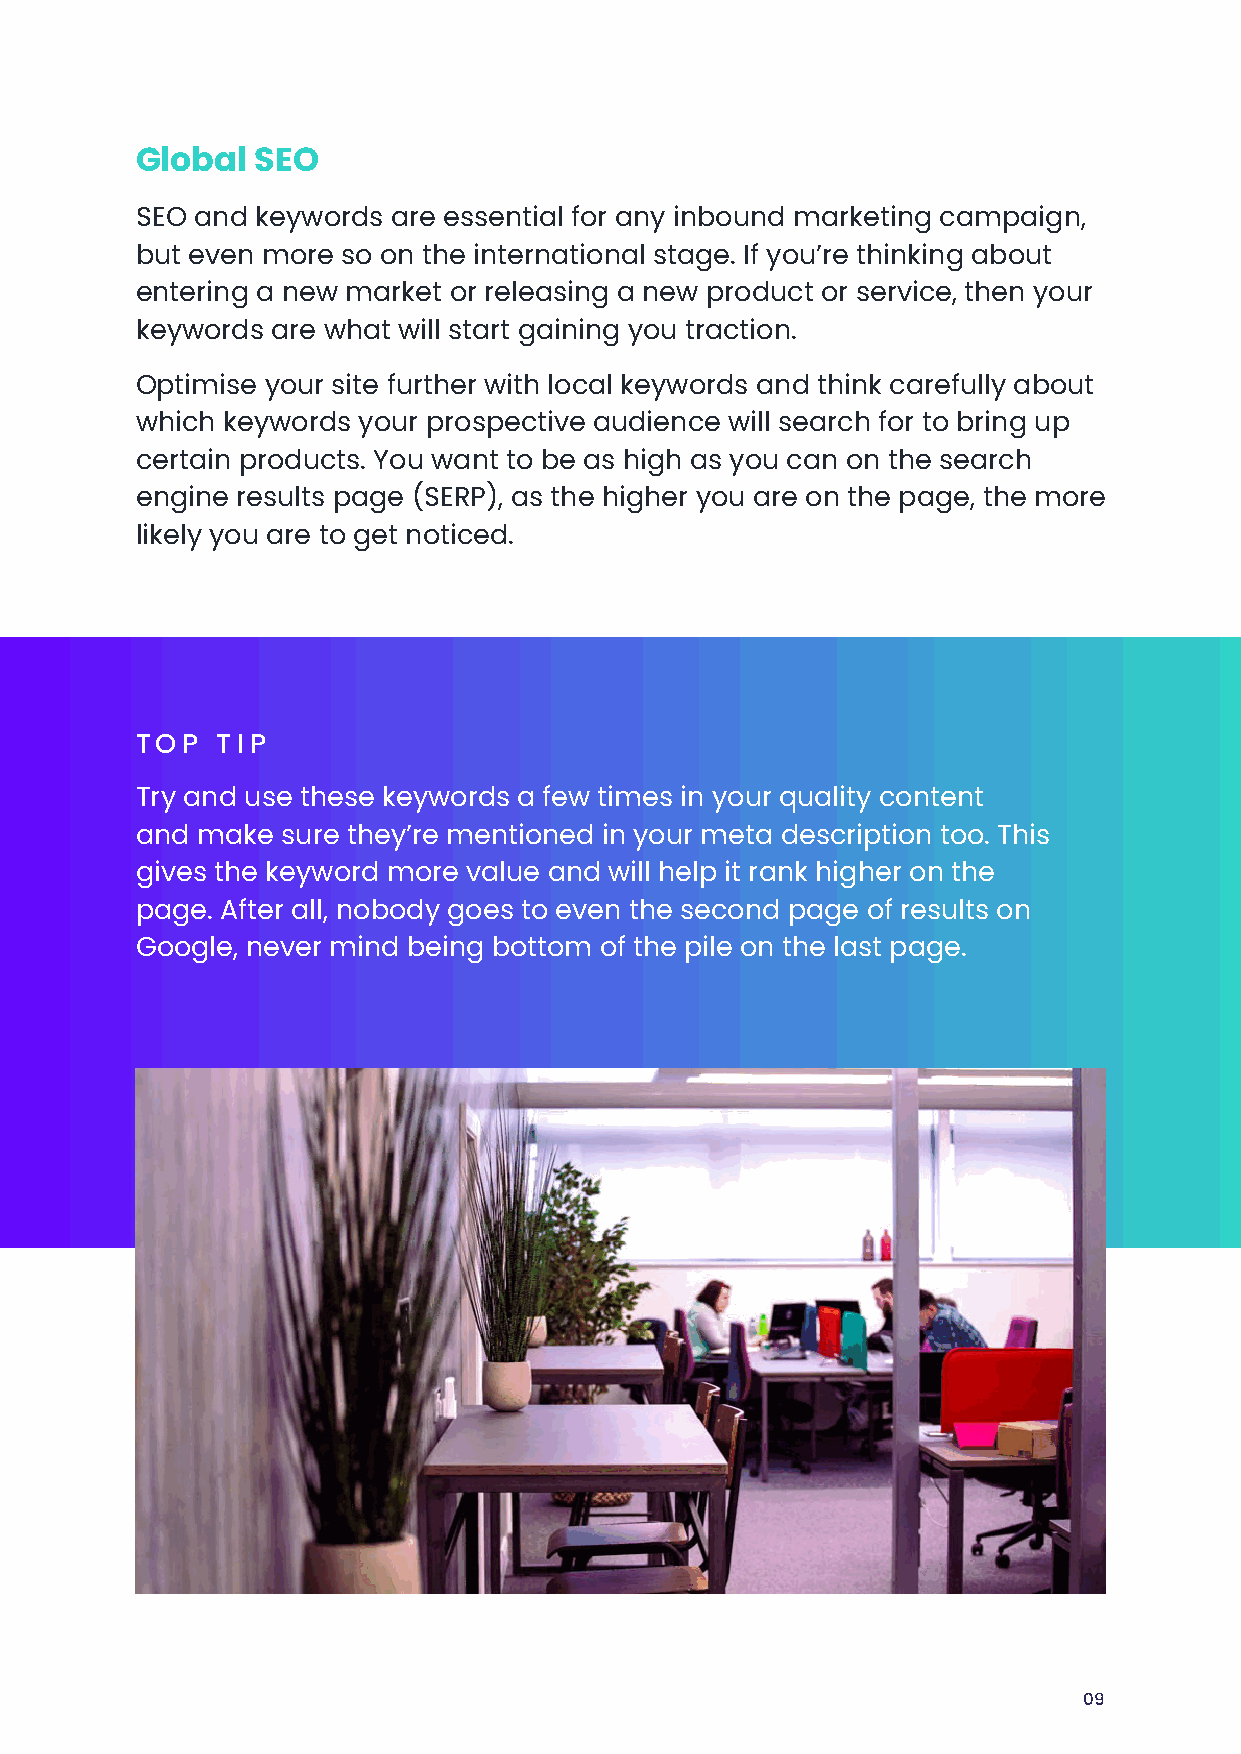
Global  SEO
 SEO and keywords are essential for any inbound marketing campaign,
 but even more so on the international stage. If you’re thinking about
 entering a new market or releasing a new product or service, then your
 keywords are what will start gaining you traction.
 Optimise your site further with local keywords and think carefully about
 which keywords your prospective audience will search for to bring up
 certain products. You want to be as high as you can on the search
 engine results page (SERP), as the higher you are on the page, the more
 likely you are to get noticed.
 TOP  TIP
 Try and use these keywords a few times in your quality content
 and make  sure they’re mentioned in your meta description too. This
 gives the keyword more value and will help it rank higher on the
 page. After all, nobody goes to even the second page of results on
 Google, never mind being bottom of the pile on the last page.
 09